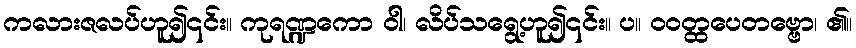
ကလားဇလပ်ဟူ၍၎င်း။ ကုရဏ္ဍကော ဝါ၊ လိပ်သရွေ့ဟူ၍၎င်း။ ပ။ ဝဝတ္ထပေတဗ္ဗော၊ ၏။